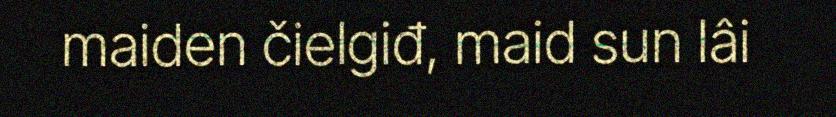
maiden čielgiđ, maid sun lâi